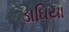
ડાઘિયા